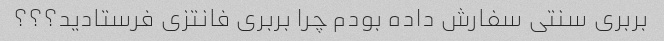
بربری سنتی سفارش داده بودم چرا بربری فانتزی فرستادید؟؟؟